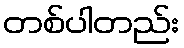
တစ်ပါတည်း